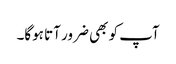
آپ کو بھی ضرور آتا ہوگا۔